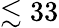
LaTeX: \lesssim 33